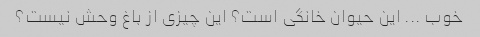
خوب ... این حیوان خانگی است؟ این چیزی از باغ وحش نیست؟